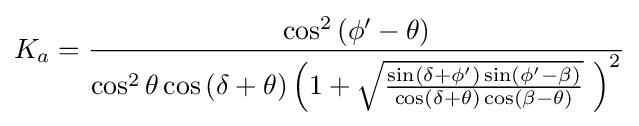
K_{a}={\frac {\cos ^{2}\left(\phi '-\theta \right)}{\cos ^{2}\theta \cos \left(\delta +\theta \right)\left(1+{\sqrt {\frac {\sin \left(\delta +\phi '\right)\sin \left(\phi '-\beta \right)}{\cos \left(\delta +\theta \right)\cos \left(\beta -\theta \right)}}}\ \right)^{2}}}